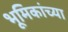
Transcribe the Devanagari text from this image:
भूमिकांच्या